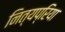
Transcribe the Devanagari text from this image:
नित्यप्रिया